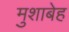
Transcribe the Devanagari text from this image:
मुशाबेह